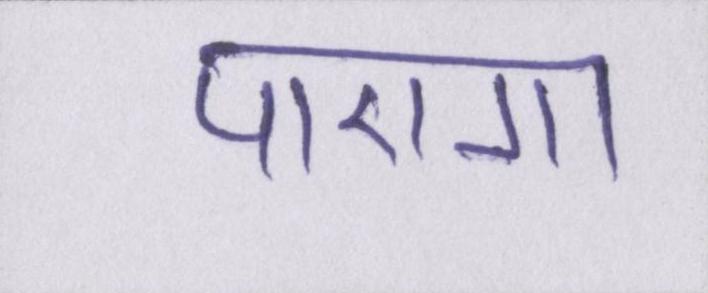
पाएगा